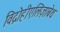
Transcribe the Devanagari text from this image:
विद्रोहीएलिज़ाबेथ